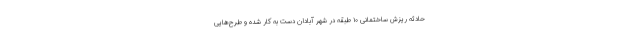
حادثه ریزش ساختمانی ۱۰ طبقه در شهر آبادان دست به کار شده و طرح‌هایی